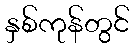
နှစ်ကုန်တွင်